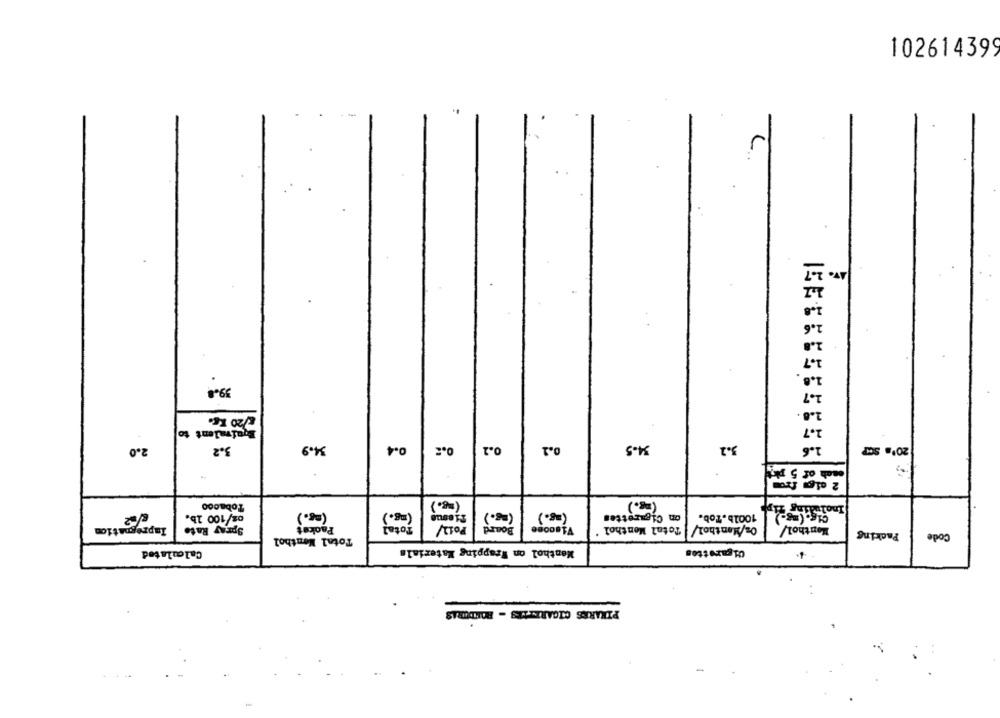
102614399
39.8
1.7
/20 Kg.
2.8
Equivalent to
2.7
34.9
0.2 0.4
3.2
1.6
2.0
3.2
0.2
0,2
34-5
20'a SC
Tobacoo
Including Tipp
02/100 1b.
(mg.)
(mg.)
(mg.)
(28.)
on Cigarettes
1001b.Tob.
Total
Po12
Board
Menthol
Impregnation
Spray Rate
Packet
Viscose
Total Menthol '
Oz/Menthol/
Packing
Code
Total Menthol
Calculated
Menthol on Wrapping Materials
Cigarettes
PIXARES CIGARETTES - BANDURAS